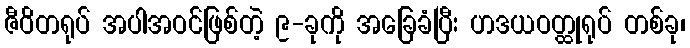
ဇီဝိတရုပ် အပါအဝင်ဖြစ်တဲ့ ၉-ခုကို အခြေခံပြီး ဟဒယဝတ္ထုရုပ် တစ်ခု၊